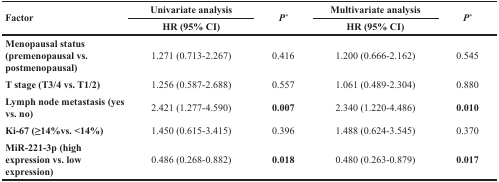
| <ROWSPAN=2> Factor | Univariate analysis | <ROWSPAN=2> P* | Multivariate analysis | <ROWSPAN=2> P* |
 | HR (95% CI) | HR (95% CI) |
 | --- | --- | --- | --- | --- |
 | Menopausal status (premenopausal vs. postmenopausal) | 1.271 (0.713-2.267) | 0.416 | 1.200 (0.666-2.162) | 0.545 |
 | T stage (T3/4 vs. T1/2) | 1.256 (0.587-2.688) | 0.557 | 1.061 (0.489-2.304) | 0.880 |
 | Lymph node metastasis (yes vs. no) | 2.421 (1.277-4.590) | 0.007 | 2.340 (1.220-4.486) | 0.010 |
 | Ki-67 (≥14%vs. <14%) | 1.450 (0.615-3.415) | 0.396 | 1.488 (0.624-3.545) | 0.370 |
 | MiR-221-3p (high expression vs. low expression) | 0.486 (0.268-0.882) | 0.018 | 0.480 (0.263-0.879) | 0.017 |